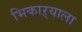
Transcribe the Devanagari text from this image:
भिकाऱ्याला